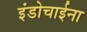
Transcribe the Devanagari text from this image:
इंडोचाईना